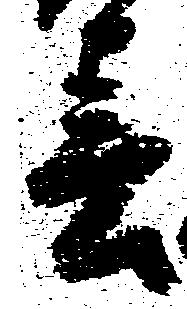
春